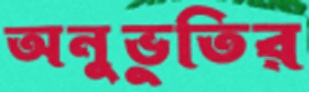
অনুভুতির